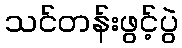
သင်တန်းဖွင့်ပွဲ